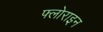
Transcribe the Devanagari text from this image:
फ्लोराइन